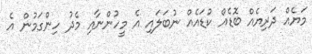
މަޔެއް ދަރިޔެއް ބޮޑެއް ކުޑައެއް ނުބަލައި އެ މީހުންނާއި މެދު ހިންގަމުން އެ